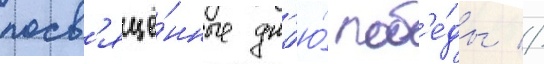
посв'ящё́нные дн'ю́ поб'е́ды //